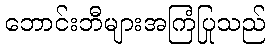
ဘောင်းဘီများအကြံပြုသည်